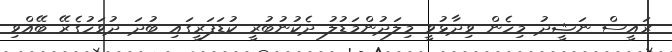
ރައީސް ނަޝީދު މިހެން ވިދާޅުވީ މިލަދުންމަޑުލު ދެކުނުބުރީ ކުޑަފަރީގައި ބުދަ ދުވަހުގެރޭ ބޭއްވި